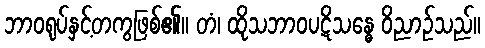
ဘာဝရုပ်နှင့်တကွဖြစ်၏။ တံ၊ ထိုသဘာဝပဋိသန္ဓေ ဝိညာဉ်သည်။